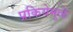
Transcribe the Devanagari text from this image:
प्रकियेमुळे